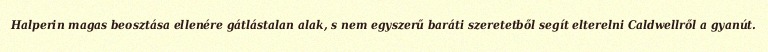
Halperin magas beosztása ellenére gátlástalan alak, s nem egyszerű baráti szeretetből segít elterelni Caldwellről a gyanút.